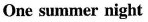
One summer night